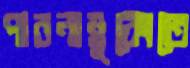
পারনাম্বুকোতে